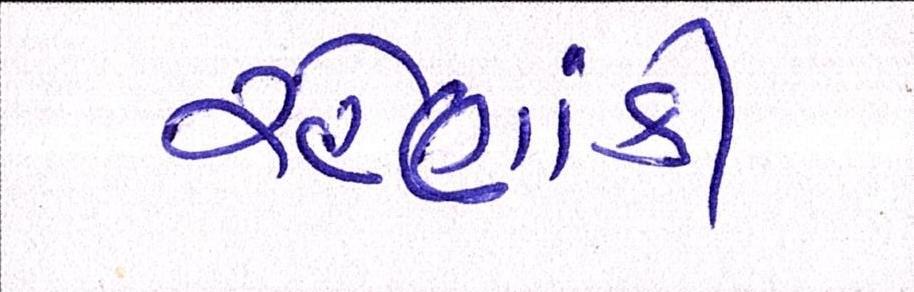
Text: રહેણાંકી